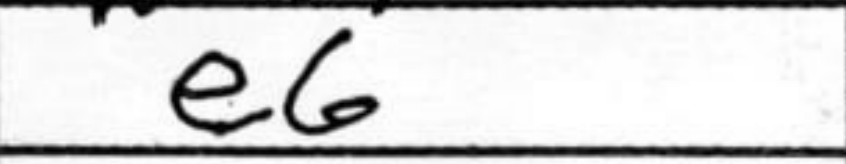
Transcription: e6